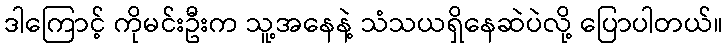
ဒါကြောင့် ကိုမင်းဦးက သူ့အနေနဲ့ သံသယရှိနေဆဲပဲလို့ ပြောပါတယ်။